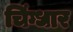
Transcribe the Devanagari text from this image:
चिंग्धार